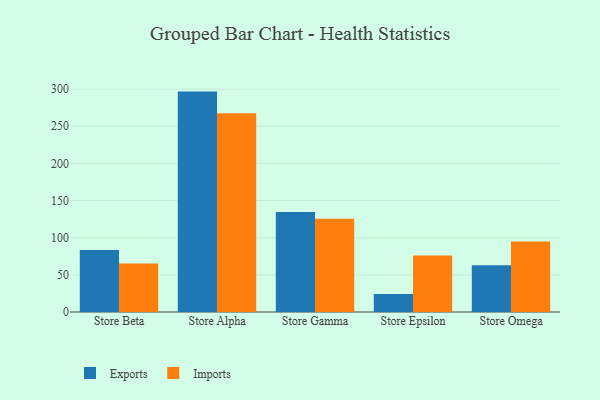
{"axis": {"x": "Store", "y": "Tickets Resolved"}, "legend": ["Exports", "Imports"], "data": [{"x": "Store Beta", "y": 83.5, "type": "Exports"}, {"x": "Store Beta", "y": 65.4, "type": "Imports"}, {"x": "Store Alpha", "y": 296.7, "type": "Exports"}, {"x": "Store Alpha", "y": 267.5, "type": "Imports"}, {"x": "Store Gamma", "y": 134.6, "type": "Exports"}, {"x": "Store Gamma", "y": 125.7, "type": "Imports"}, {"x": "Store Epsilon", "y": 24.3, "type": "Exports"}, {"x": "Store Epsilon", "y": 76.1, "type": "Imports"}, {"x": "Store Omega", "y": 63.1, "type": "Exports"}, {"x": "Store Omega", "y": 94.8, "type": "Imports"}]}